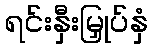
ရင်းနှီးမြှုပ်နှံ